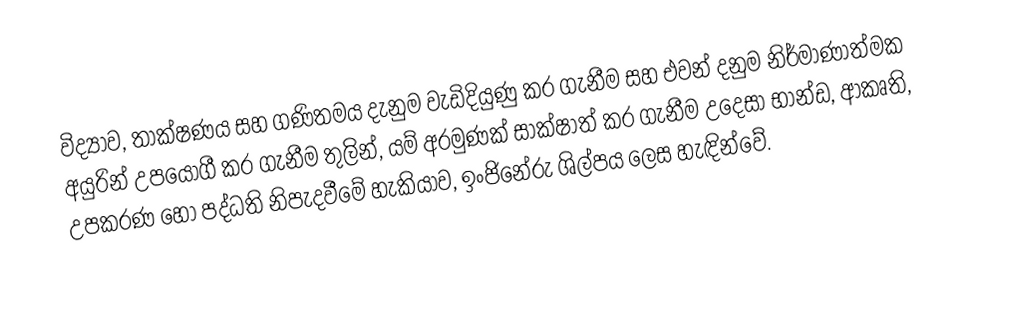
විද්‍යාව, තාක්ෂණය සහ ගණිතමය දැනුම වැඩිදියුණු කර ගැනීම සහ එවන් දනුම නිර්මාණාත්මක අයුරින් උපයෝගී කර ගැනීම තුලින්, යම් අරමුණක් සාක්ෂාත් කර ගැනීම උදෙසා භාන්ඩ, ආකෘති, උපකරණ හෝ පද්ධති නිපැදවීමේ හැකියාව, ඉංජිනේරු ශිල්පය ලෙස හැඳින්වේ.